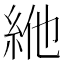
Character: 𥿞